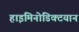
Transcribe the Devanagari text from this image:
हाइमिनोडिक्टयान